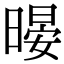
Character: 暥